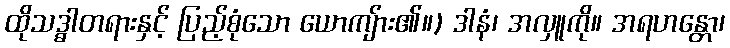
ထိုသဒ္ဓါတရားနှင့် ပြည့်စုံသော ယောကျ်ား၏။) ဒါနံ၊ အလှူကို။ အရဟန္တော၊